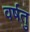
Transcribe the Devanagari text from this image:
वर्षतु